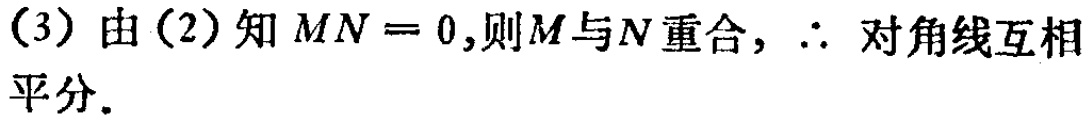
（3）由（2）知 \(MN = 0\)，则\(M\)与\(N\)重合，\(\therefore\) 对角线互相平分．